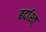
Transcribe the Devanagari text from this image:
बर्दाश्त्